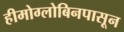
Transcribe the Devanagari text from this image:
हीमोग्लोबिनपासून